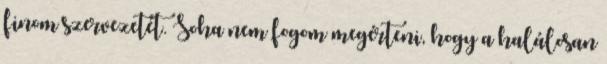
finom szervezetét. Soha nem fogom megérteni, hogy a halálosan